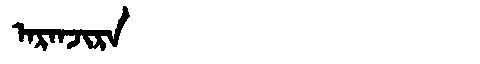
Manchu: ᠠᡵᠠᠨᠵᡳᡵᠠ
Romanization: ARANJIRA